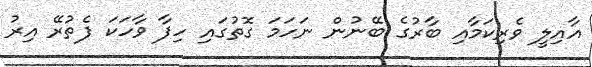
އާއިލީ ވެރިކަމާއި ބާރުގެ ބޭނުން ނަހަމަ ގޮތުގައި ހިފާ ވާހަކަ ފެތުރޭ އިރު